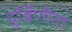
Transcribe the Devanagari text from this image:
दुर्बिणींना